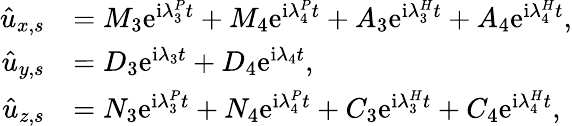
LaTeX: \begin{array}{rl}{\hat{u}_{x,s}}&{=M_{3}\mathrm{e}^{\mathrm{i}\lambda_{3}^{P}t}+M_{4}\mathrm{e}^{\mathrm{i}\lambda_{4}^{P}t}+A_{3}\mathrm{e}^{\mathrm{i}{\lambda}_{3}^{H}t}+A_{4}\mathrm{e}^{\mathrm{i}{\lambda}_{4}^{H}t},}\\ {\hat{u}_{y,s}}&{=D_{3}\mathrm{e}^{\mathrm{i}\lambda_{3}t}+D_{4}\mathrm{e}^{\mathrm{i}\lambda_{4}t},}\\ {\hat{u}_{z,s}}&{=N_{3}\mathrm{e}^{\mathrm{i}\lambda_{3}^{P}t}+N_{4}\mathrm{e}^{\mathrm{i}\lambda_{4}^{P}t}+C_{3}\mathrm{e}^{\mathrm{i}{\lambda}_{3}^{H}t}+C_{4}\mathrm{e}^{\mathrm{i}{\lambda}_{4}^{H}t},}\end{array}